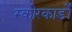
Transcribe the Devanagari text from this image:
स्कोरकार्डों